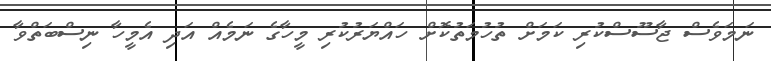
ނަމަވެސް ޖާސޫސްކުރި ކަމަށް ތުހުމަތުކޮށް ހައްޔަރުކުރި މީހާގެ ނަމެއް އަދި އެމީހާ ނިސްބަތްވާ